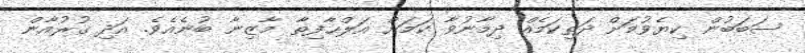
ސަބަބުން ކިޔެވުމަށް ދަތިކަމެއް ދިމާނުވާ ކަމަށް އަލްޙާފިޡާ މާޒިނާ ބުނެއެވެ. އަދި ޤުރުއާން